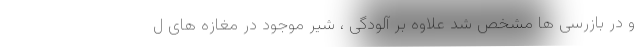
و در بازرسی ها مشخص شد علاوه بر آلودگی ، شیر موجود در مغازه های ل